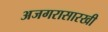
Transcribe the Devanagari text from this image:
अजगरासारखी